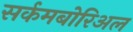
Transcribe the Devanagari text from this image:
सर्कमबोरिअल